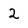
Character: 2